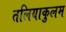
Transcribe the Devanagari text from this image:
तलियाकुलम